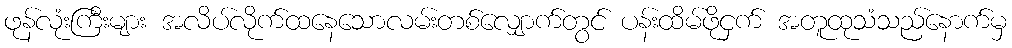
ဖုန်လုံးကြီးများ အလိပ်လိုက်ထနေသောလမ်းတစ်လျှောက်တွင် ပန်းထိမ်ဖိုငှက် အတူထုသံသည်နောက်မှ